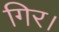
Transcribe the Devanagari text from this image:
गिर।